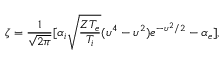
\zeta = \frac { 1 } { \sqrt { 2 \pi } } [ \alpha _ { i } \sqrt { \frac { Z T _ { e } } { T _ { i } } } ( \upsilon ^ { 4 } - \upsilon ^ { 2 } ) e ^ { - \upsilon ^ { 2 } / 2 } - \alpha _ { e } ] ,